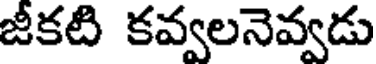
జీకటి కవ్వలనెవ్వడు